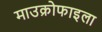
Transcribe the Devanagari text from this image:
माउक्रोफाइला